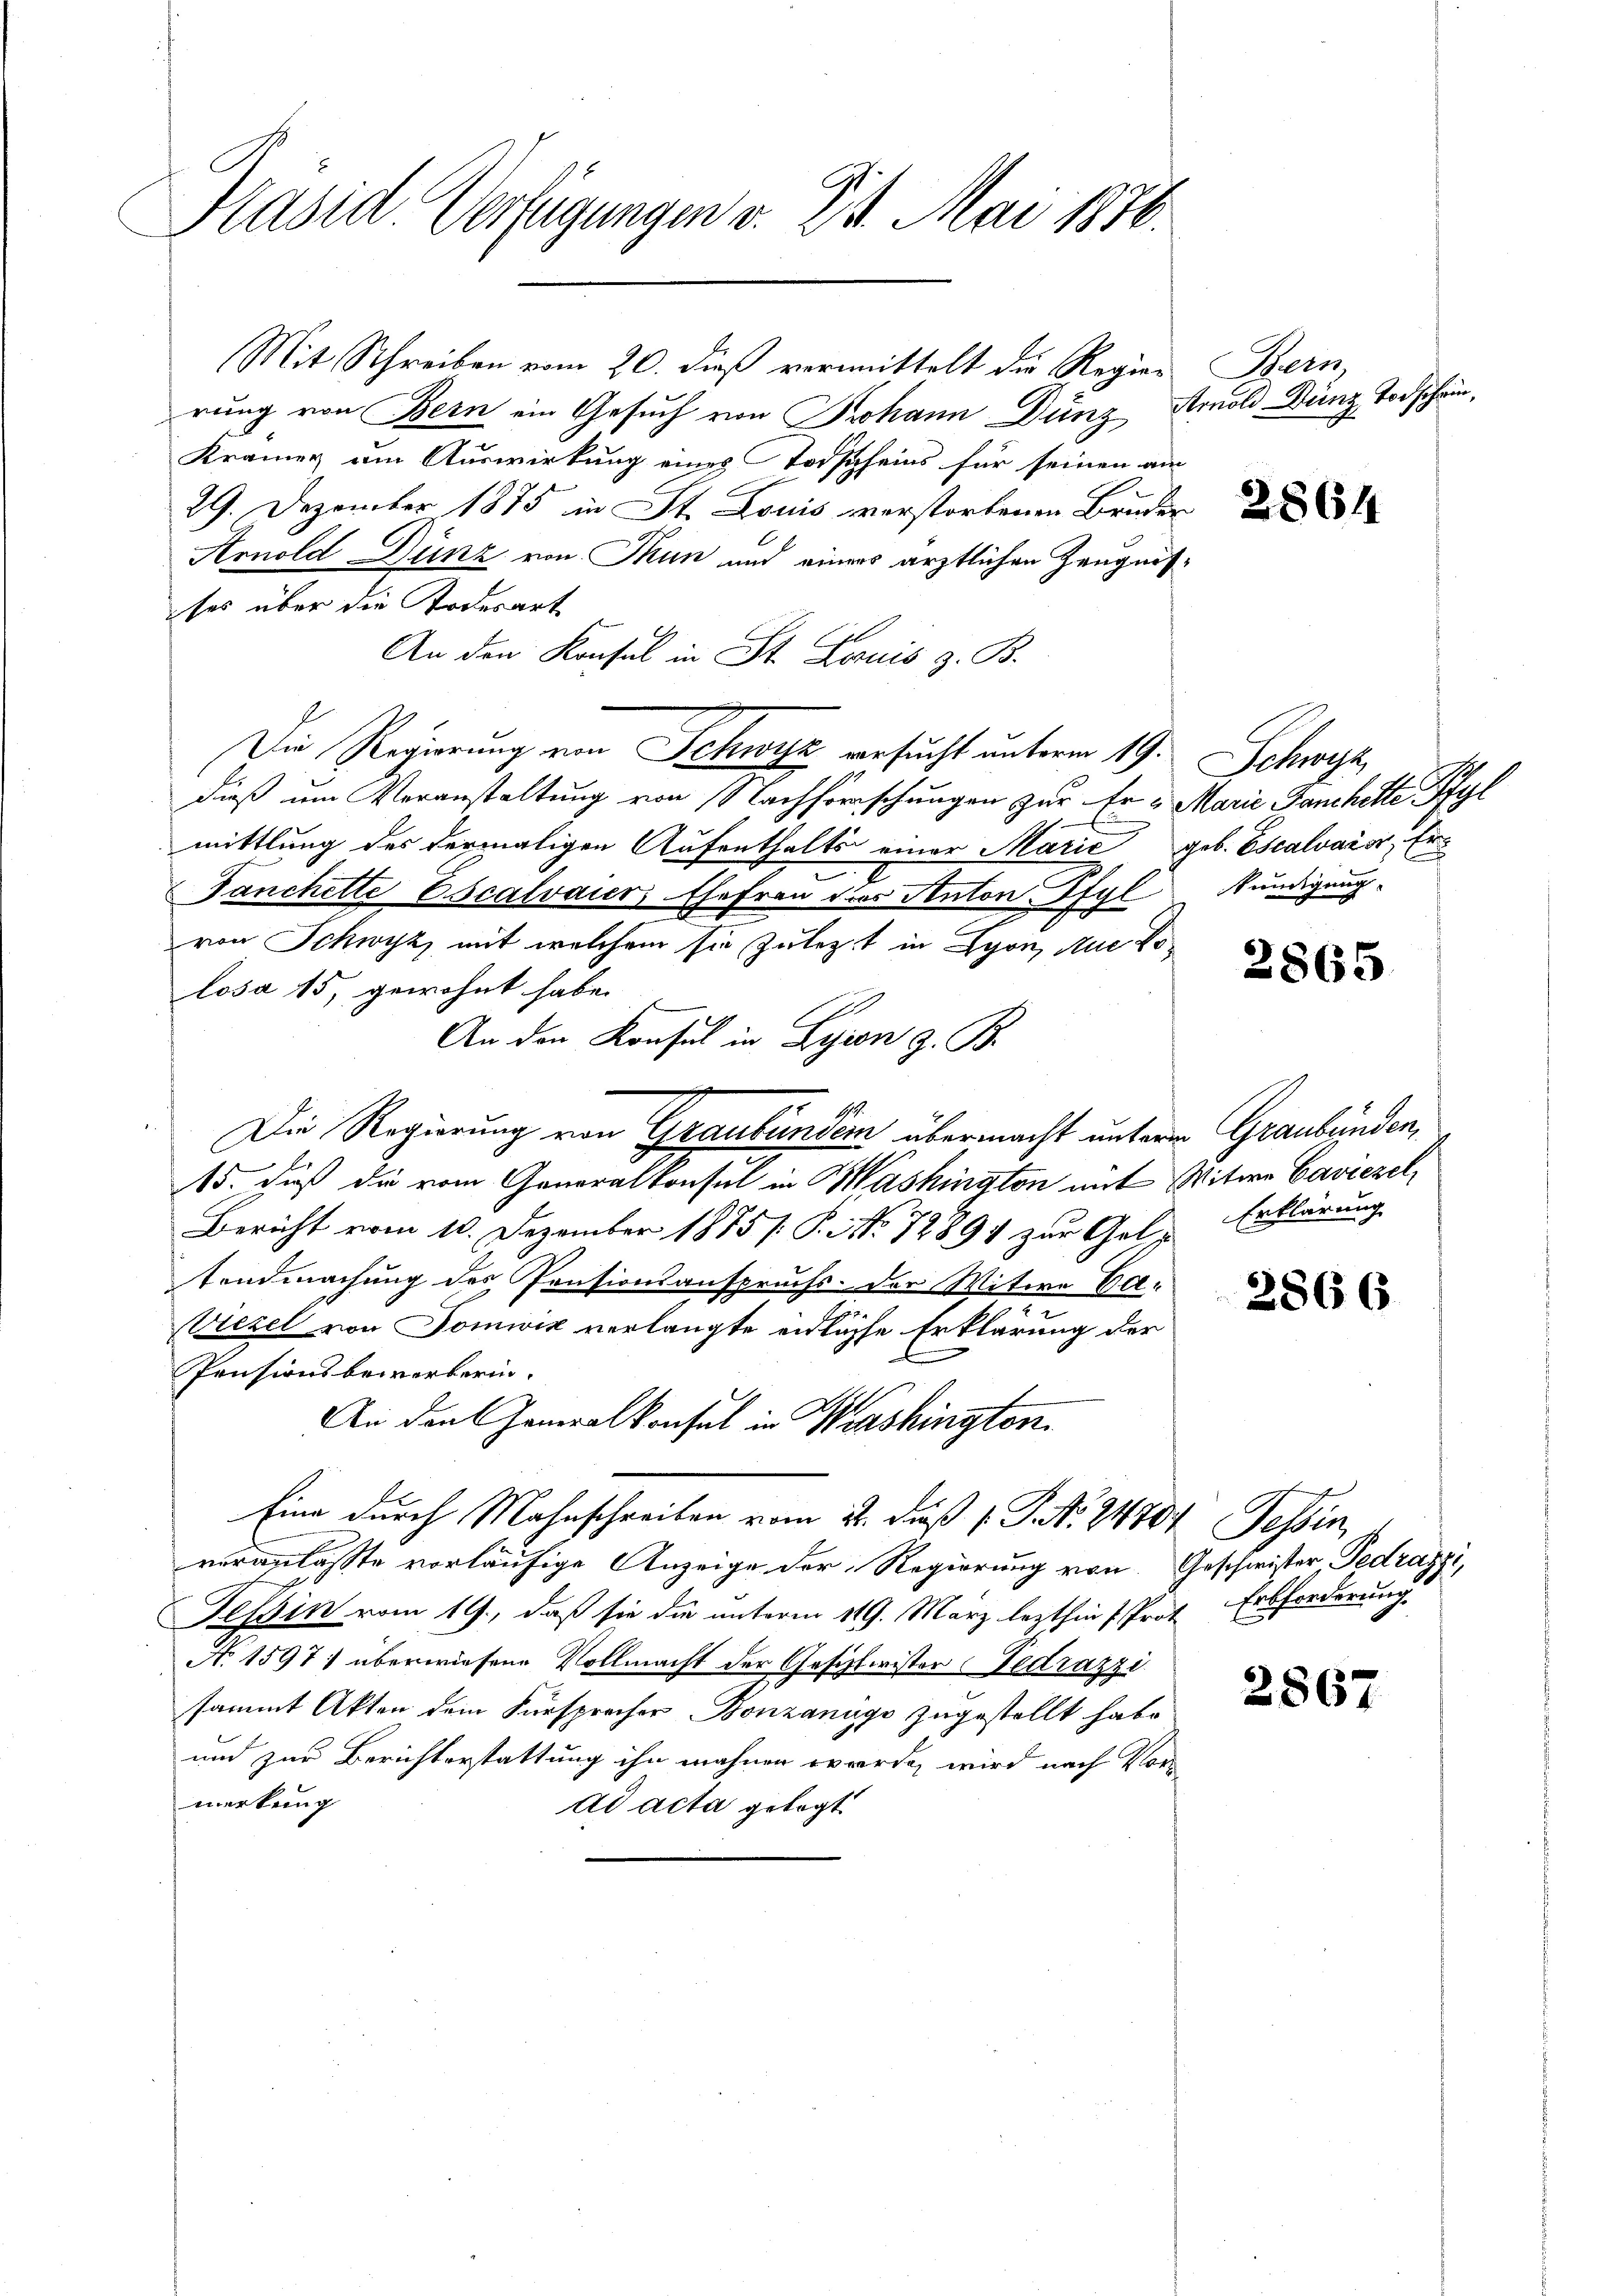
Präsid. Verfügungen v. 21. Mai 1876.

Mit Schreiben vom 20. dieß vermittelt die Regier
rung von Bern ein Gesuch von Johann Dunz
Kramer um Auswirkung eines Todscheins für seinen am
29. Dezember 1875 in St. Louis verstorbenen Bruder
Arnold Dünz von Tun und einers ärztlichen Zeugnisses über die Todesart
An den Konsul in St. Louis z. B.
Die Regierung von Schwyz besucht unterm 19. Schwyz,
dieß um Veranstaltung von Nachforschungen zur Er „Marie Danckette Pfyl
mittlung des dermaligen Aufenthalts einer Marie geb. Escalvais, Eranchette Oscalvauer Ehefrau dies Anton Pfyl
von Schwyz mit welchem sie zulezt in Lyon, Aue Dolosa 15, gewohnt habe.
An den Konsul in Lyon z. B.
Die Regierung von Graubünden übermacht unterm Graubünden,
le

15. daß die vom Generalkonsul in Washington mit Witwe Caviezel,
Bericht vom 10. Dezember 1885/ P. No 12891 zur Geltendmachung des Pensionsanspruchs- der Witwe Ca¬
2
Viezel von Domwiz verlangte eidliche Erklärung der
Pensionsbewerkerin.
An den Generalkonsul in Washingten.
Eine durch Mahnschreiben vom 22. daß 1 S. 24704 Tessin,
veranlasste vorläufige Anzeige der Regierung von Geschwister Fedrazzi,
Tessin vom 19., daß sie die unterm 119. März lezthin (Prot. Erbforderung
No 1597) überwiesene Vollmacht der Gesitleister Gedrazzi
sammt Akten dem Fürsprocher Bonzanige zugestellt habe
und zur Berichterstattung ihn wahnen werden wird nach Vormerkung
ad acta gelegt.

Hein
Arnold Dunz Todschein,

e

2864

kundigung.

2865

Erklärung

2866

2867